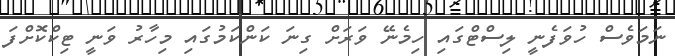
ނަމަވެސް ހުވަފެނީ ލިސްޓްގައި ހިމެނޭ ވަރަށް ގިނަ ކަންކަމުގައި މިހާރު ވަނީ ޓިކްކޮށްފަ